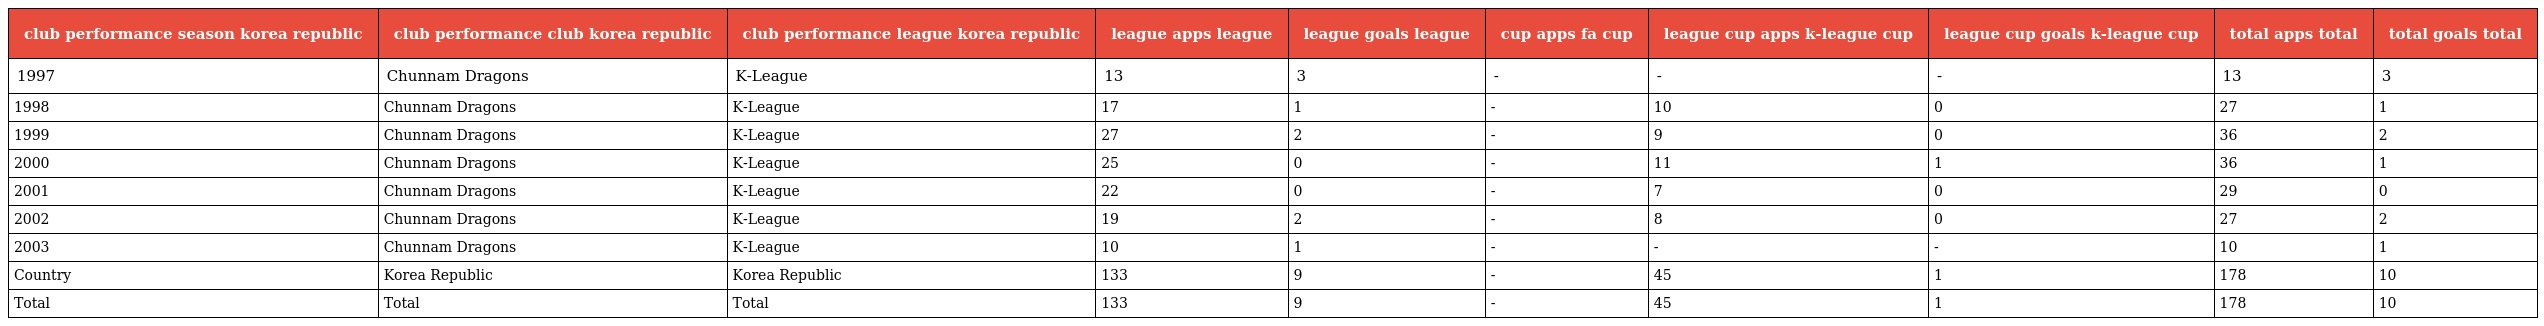
| club performance season korea republic | club performance club korea republic | club performance league korea republic | league apps league | league goals league | cup apps fa cup | league cup apps k-league cup | league cup goals k-league cup | total apps total | total goals total |
 | --- | --- | --- | --- | --- | --- | --- | --- | --- | --- |
 | 1997 | Chunnam Dragons | K-League | 13 | 3 | - | - | - | 13 | 3 |
 | 1998 | Chunnam Dragons | K-League | 17 | 1 | - | 10 | 0 | 27 | 1 |
 | 1999 | Chunnam Dragons | K-League | 27 | 2 | - | 9 | 0 | 36 | 2 |
 | 2000 | Chunnam Dragons | K-League | 25 | 0 | - | 11 | 1 | 36 | 1 |
 | 2001 | Chunnam Dragons | K-League | 22 | 0 | - | 7 | 0 | 29 | 0 |
 | 2002 | Chunnam Dragons | K-League | 19 | 2 | - | 8 | 0 | 27 | 2 |
 | 2003 | Chunnam Dragons | K-League | 10 | 1 | - | - | - | 10 | 1 |
 | Country | Korea Republic | Korea Republic | 133 | 9 | - | 45 | 1 | 178 | 10 |
 | Total | Total | Total | 133 | 9 | - | 45 | 1 | 178 | 10 |